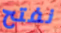
نفتح